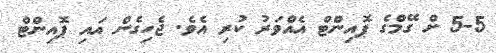
5-5 ށް ގޭމްގެ ޕޮއިންޓް އެއްވަރު ކުރި އެވެ. ޖެހިގެން އައި ޕޮއިންޓް